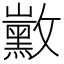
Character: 𪑛